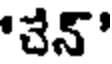
'చేన్'